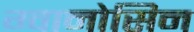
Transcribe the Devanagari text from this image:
ग्वानोसिन